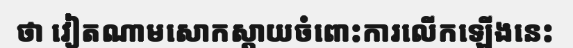
ថា វៀតណាមសោកស្តាយចំពោះការលើកឡើងនេះ